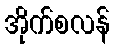
အိုက်စလန်